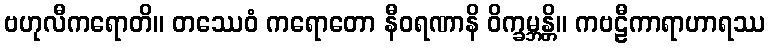
ဗဟုလီကရောတိ။ တဿေဝံ ကရောတော နီဝရဏာနိ ဝိက္ခမ္ဘန္တိ။ ကဗဠီကာရာဟာရဿ